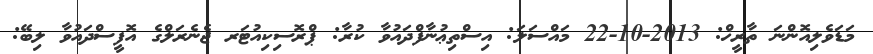
މަޑަވެލިއޮންނަ ތާރީޚް: 2013-10-22 މައްސަލަ: އިސްތިޢުނާފްދައުވާ ކުރާ: ޕްރޮސިކިއުޓަރ ޖެނެރަލްގެ އޮފީސްދައުވާ ލިބޭ: